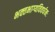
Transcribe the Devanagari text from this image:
भक्‍तभाग्यविवर्धनः